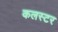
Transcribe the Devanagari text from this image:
कलस्टर